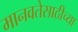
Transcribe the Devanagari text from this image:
मानवतेसाठीच्या